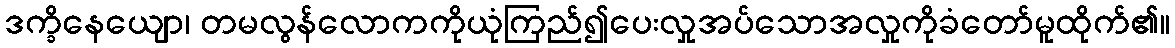
ဒက္ခိနေယျော၊ တမလွန်လောကကိုယုံကြည်၍ပေးလှုအပ်သောအလှုကိုခံတော်မူထိုက်၏။